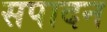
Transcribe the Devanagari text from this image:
सपादन